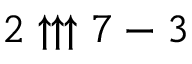
2 \uparrow \uparrow \uparrow 7 - 3